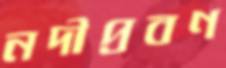
নদীপ্রবণ